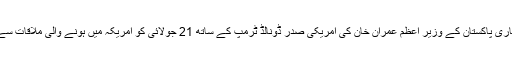
سعید کی یہ گرفتاری پاکستان کے وزیر اعظم عمران خان کی امریکی صدر ڈونالڈ ٹرمپ کے ساتھ 21 جولائی کو امریکہ میں ہونے والی ملاقات سے پہلے ہوئی ہے۔